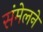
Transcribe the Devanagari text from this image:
संमेलनेे